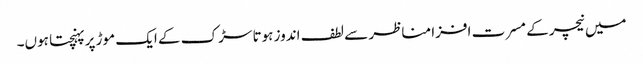
میں نیچر کے مسرت افزا مناظر سے لطف اندوز ہوتا سڑک کے ایک موڑ پر پہنچتا ہوں۔